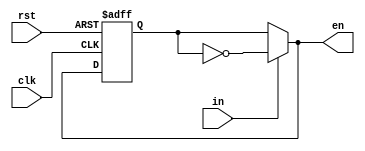
`timescale 1ns / 1ps
//////////////////////////////////////////////////////////////////////////////////
// Company: 
// Engineer: 
// 
// Design Name: 
// Module Name: state
// Project Name: 
// Target Devices: 
// Tool Versions: 
// Description: 
// 
// Dependencies: 
// 
// Revision:
// Revision 0.01 - File Created
// Additional Comments:
// 
//////////////////////////////////////////////////////////////////////////////////


module state(
    input clk,
    input rst,
    input in,
    output reg en
    );
    reg state = 1'b0;
    reg next_state = 1'b0;
    always @*
    begin
        next_state = (in == 1)?(~state):state;
        en = (in == 1)?(~state):state;
    end
    always @(posedge clk or posedge rst)
    if(rst)
        state <= 1'b0;
    else
        state <= next_state;    
endmodule